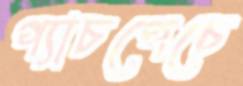
প্যাচপেচে